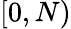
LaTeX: [0,N)